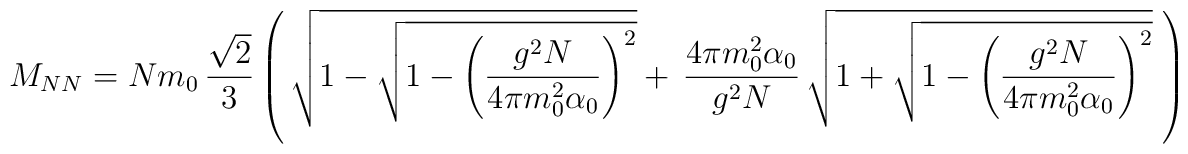
M_{NN}=Nm_0\,\frac{\sqrt{2}}{3}\left(\,\sqrt{1-\sqrt{1-\left(\frac{g^2N}{4\pi m_0^2\alpha_0}\right)^2}}+\,\frac{4\pi m_0^2\alpha_0}{g^2N}\,\sqrt{1+\sqrt{1-\left(\frac{g^2N}{4\pi m_0^2\alpha_0}\right)^2}}\;\right)